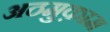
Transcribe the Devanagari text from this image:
अठमुक़ाम